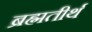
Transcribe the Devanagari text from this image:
ब्रह्मतीर्थ